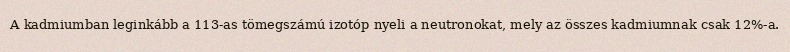
A kadmiumban leginkább a 113-as tömegszámú izotóp nyeli a neutronokat, mely az összes kadmiumnak csak 12%-a.